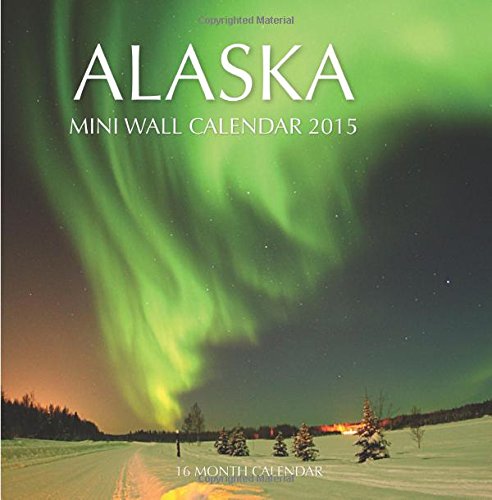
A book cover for Alaska Mini Wall Calendar 2015: 16 Month Calendar; Sam Hub; Calendars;